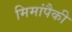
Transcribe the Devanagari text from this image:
मिमांपैकी